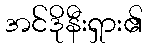
အင်ဒိုနီးရှား၏